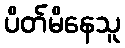
ပိတ်မိနေသူ